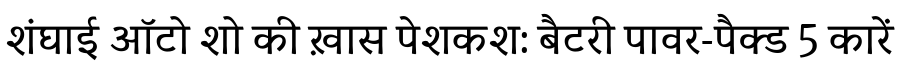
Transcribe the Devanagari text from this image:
शंघाई ऑटो शो की ख़ास पेशकश: बैटरी पावर-पैक्ड 5 कारें